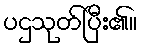
ပဌသုတ်ပြီး၏။